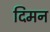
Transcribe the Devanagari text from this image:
दिमन